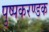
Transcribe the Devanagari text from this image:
पुष्पकरण्डक